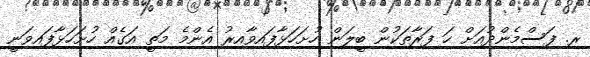
ރ. ފަސްމެންދުއަށް ހަ ފަރާތަކުން ބީލަން ހުށަހަޅާފައިވާއިރު އެންމެ މަތީ އަގެއް ހުށަހަޅާފައިވަނީ